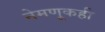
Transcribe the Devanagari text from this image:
नेमणूकही